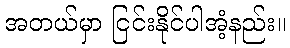
အတယ်မှာ ငြင်းနိုင်ပါအံ့နည်း။